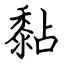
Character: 黏